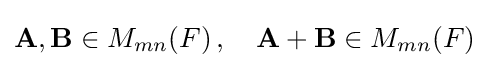
\mathbf {A} ,\mathbf {B} \in M_{mn}(F)\,,\quad \mathbf {A} +\mathbf {B} \in M_{mn}(F)